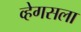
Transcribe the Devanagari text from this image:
व्हेगसला